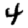
Digit: 4